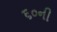
૬૦ની